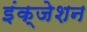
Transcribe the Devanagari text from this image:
इंक्जेशन